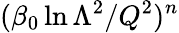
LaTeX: (\beta_{0}\ln\Lambda^{2}/Q^{2})^{n}